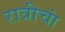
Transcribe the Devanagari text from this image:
रात्रीचां